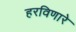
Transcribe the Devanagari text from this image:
हरविणारे